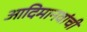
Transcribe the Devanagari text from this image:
आदिमानवांची